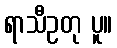
ရာသီဥတု ပူ။